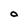
Character: 0